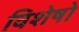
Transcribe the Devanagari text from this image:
विशेषो